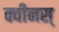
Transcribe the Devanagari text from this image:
क्वीनस्